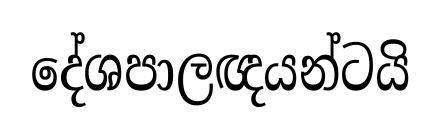
දේශපාලඥයන්ටයි